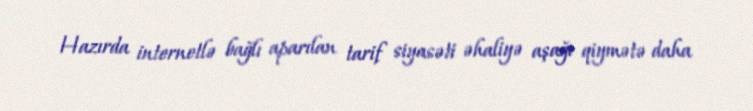
Hazırda internetlə bağlı aparılan tarif siyasəti əhaliyə aşağı qiymətə daha